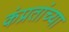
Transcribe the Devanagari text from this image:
कंप्रतांच्या